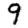
Digit: 9